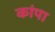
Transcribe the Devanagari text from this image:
कांपा